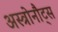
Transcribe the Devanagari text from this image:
अस्त्रोनौट्स